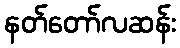
နတ်တော်လဆန်း